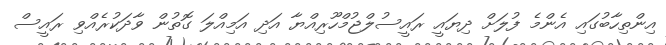
އިންތިހާބުގައި އެންމެ ފުލަށް ދިޔައީ ރައީސުލްޖުމްހޫރިއްޔާ އަދި އަމިއްލަ ގޮތުން ވާދަކުރެއްވި ރައީސް